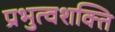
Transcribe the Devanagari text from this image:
प्रभुत्वशक्ति